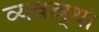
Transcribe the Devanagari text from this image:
व्यवस्र्था